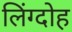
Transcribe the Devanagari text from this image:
लिंग्दोह